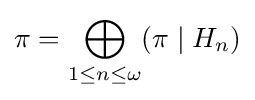
\pi =\bigoplus _{1\leq n\leq \omega }(\pi \mid H_{n})